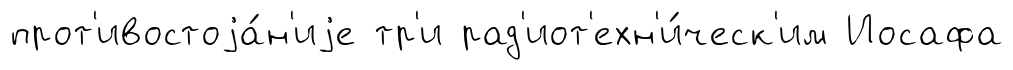
прот'ивостоjа́н'иjе тр'и рад'иот'ехн'и́ческ'им Иосафа